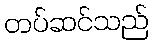
တပ်ဆင်သည်